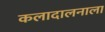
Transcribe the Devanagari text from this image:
कलादालनाला